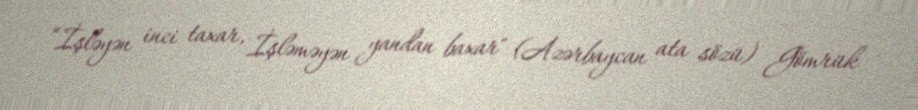
“İşləyən inci taxar, İşləməyən yandan baxar" (Azərbaycan ata sözü) Gömrük